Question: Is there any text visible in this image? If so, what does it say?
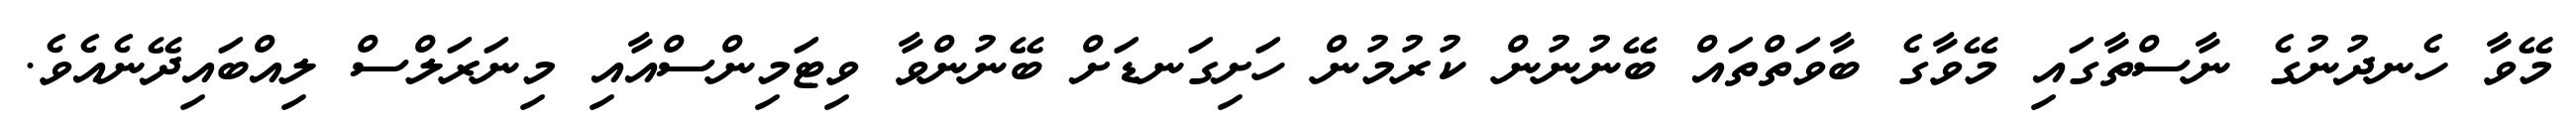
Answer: މޭވާ ހެނދުނުގެ ނާސްތާގައި މޭވާގެ ބާވަތްތައް ބޭނުނުން ކުރުމުން ހަށިގަނޑަށް ބޭނުންވާ ވިޓަމިންސްއާއި މިނަރަލްސް ލިއްބައިދޭނެއެވެ.